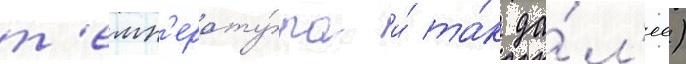
т'емп'ерату́ра и́ та́к да́л'ее)